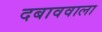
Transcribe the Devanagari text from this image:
दबाववाला